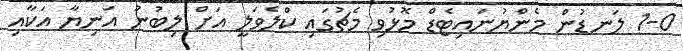
1-0 ލަނޑުން މެންޔުނައިޓެޑް މޮޅުވި މެޗުގައި ކްލެވަލީ އަށް ލިބުނު އަނިޔާ އަކާއި